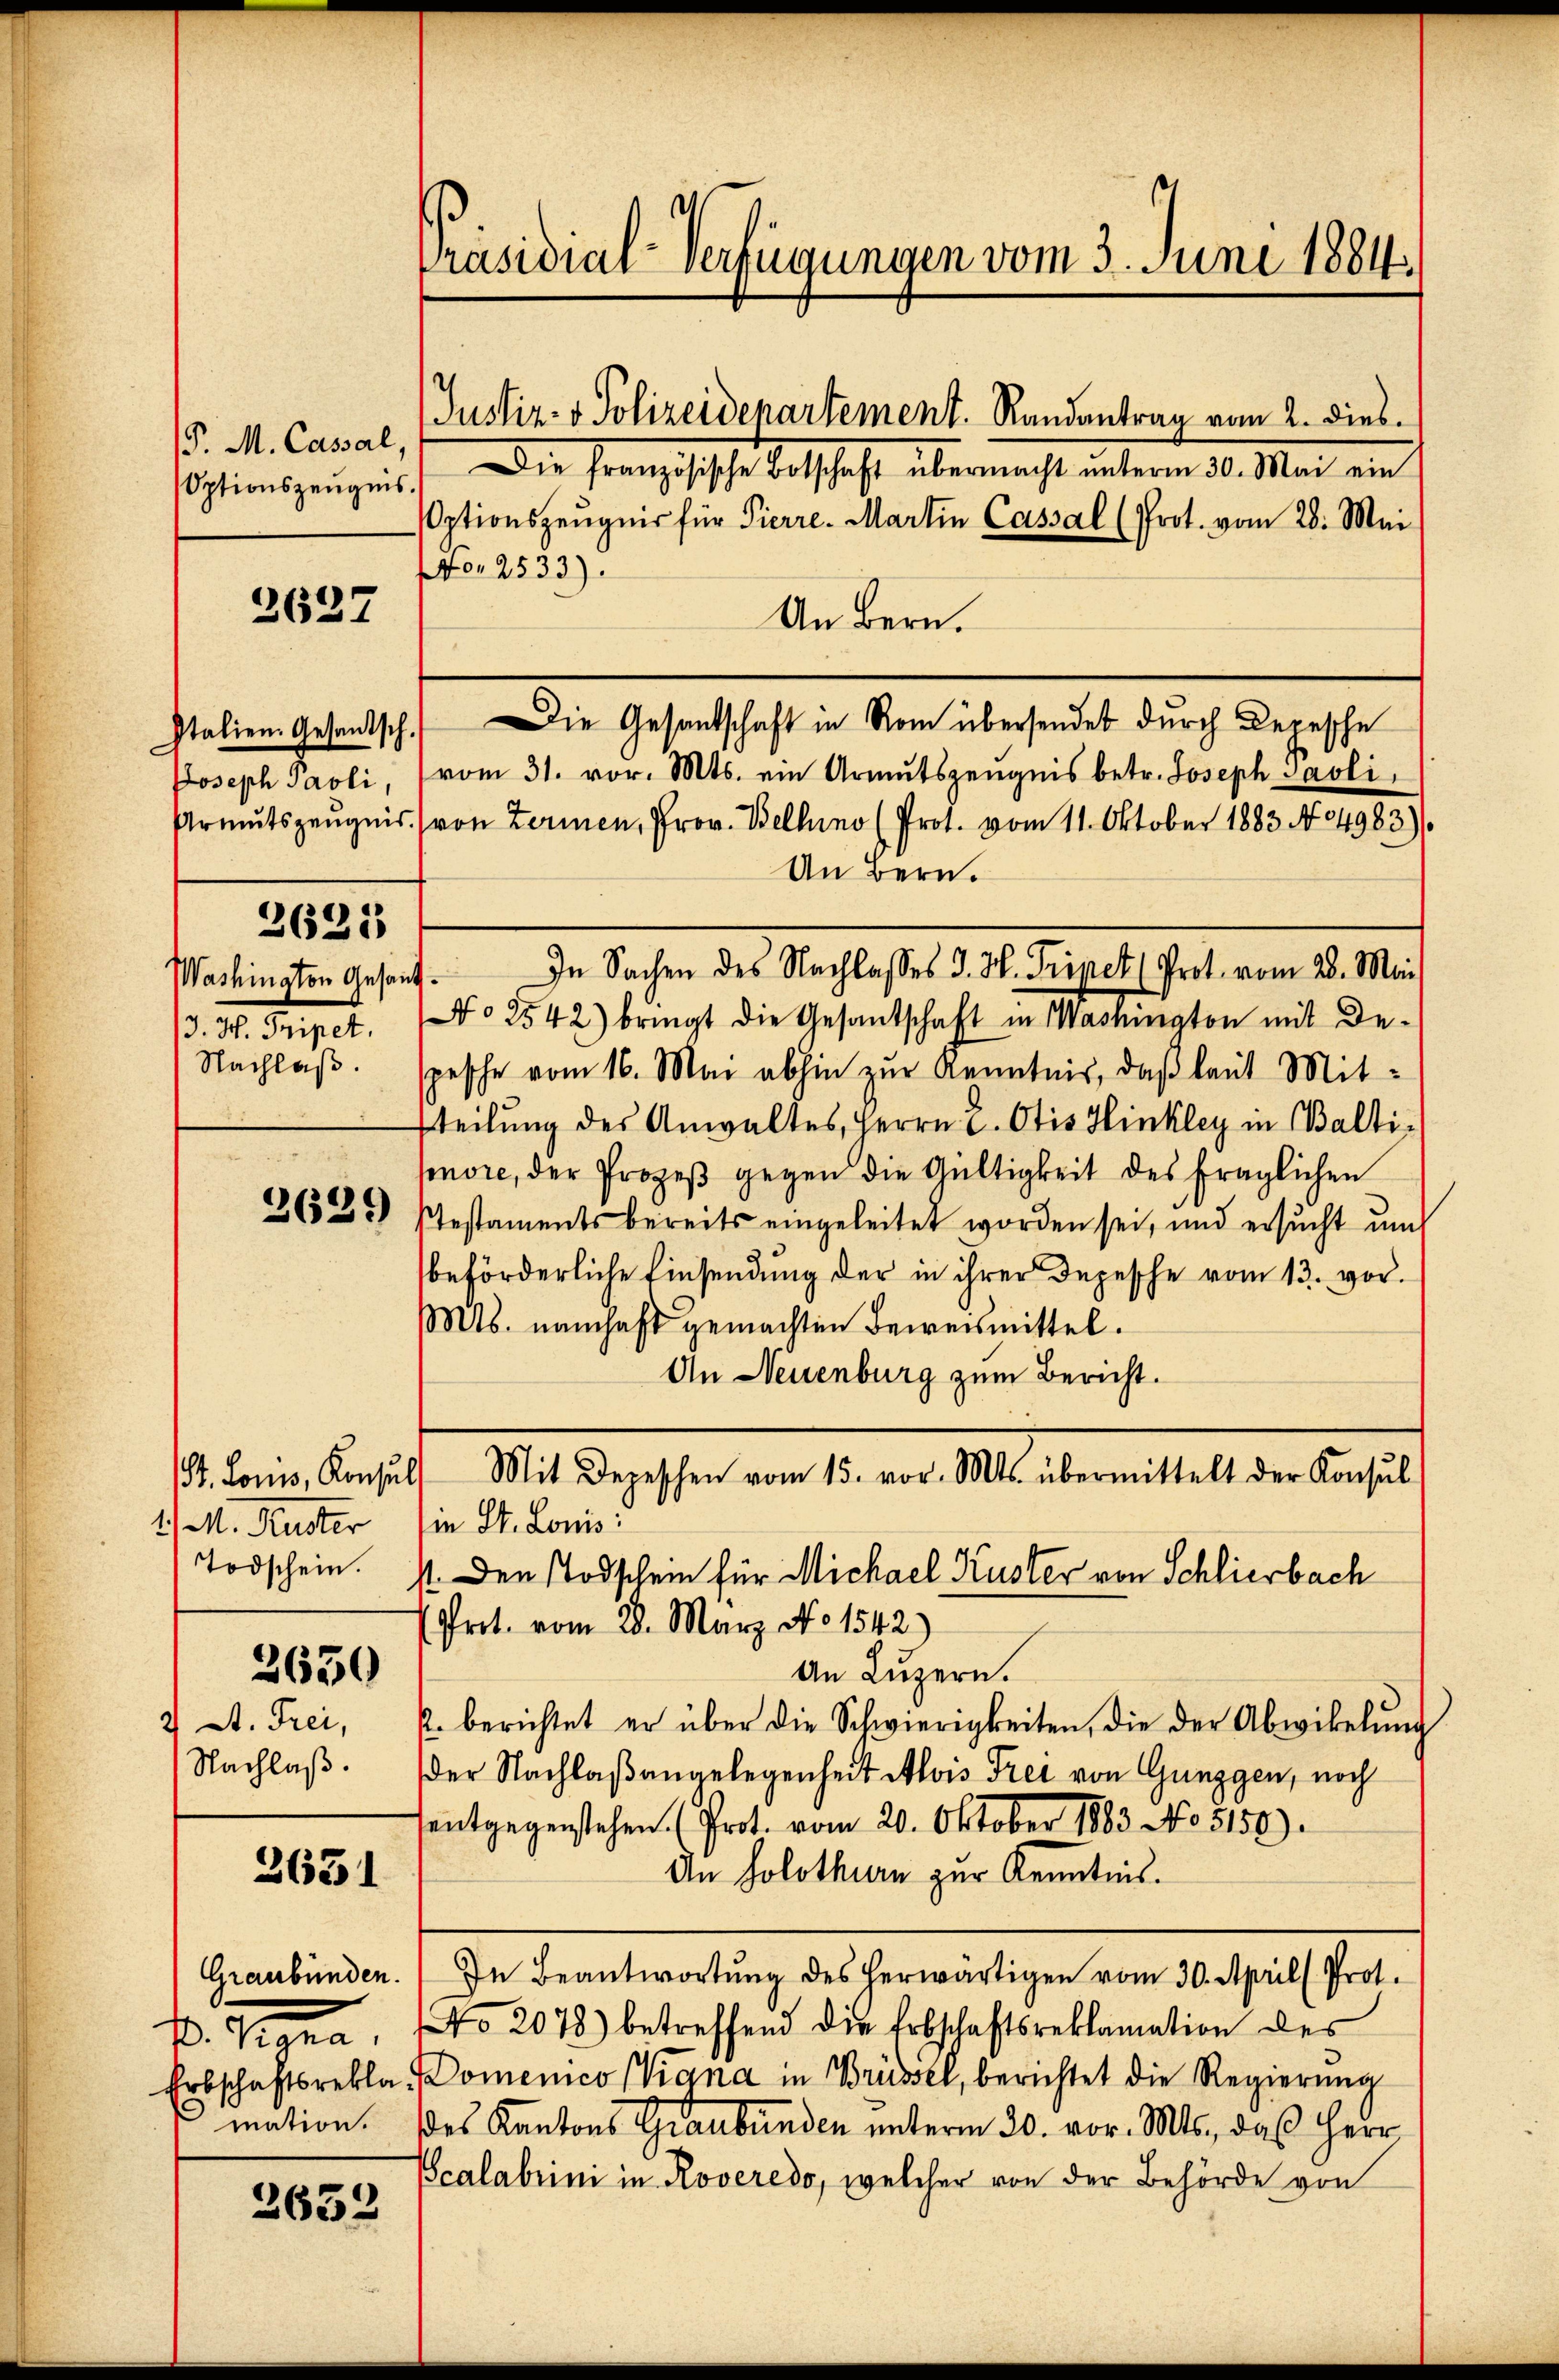
P. M. Cassal,
Optionszeugnis.

2627

Joseph Paoli,
3621
. I. Sept.

2629

(St. Lonis, Konsul
1/ M. Ruster
Todschein.
2650
2 A. Frei,
Nachlaß.

3651

Graubünden.
s. Gegen
Erbschaftsreklamation.

2632

Präsidial-Verfügungen vom 3. Juni 1884.

Justiz- & Polizeidepartement. Randantrag vom 2. dies

Die Französische Botschaft übermacht unterm 20. Mai ein
sptionszeugnis für Pierre. Martin Cassal (Prot. vom 28. Mai
For 2533).
An Bern.
Italien Gesandtsch. Die Gesandtschaft in Rom übersendet durch Depesche
vom 31. vor. Mts. ein Armutszeugnis betr. Joseph Paoli,
Armutszeugnis von Ferien, Prov. Bellino (Prot. vom 11. Oktober 1883 No 64983).
An Bern.
No 2542) bringt die Gesandschaft in Masington mit De-
Nachlaβ. spesche vom 16. Mai abhin zŭr Kenntnis, daß laut Mit-
Eteilung des Anwaltes, Herrn C. Otis Hinkley in Balti-
senore, der Prozeß gegen die Gültigkeit des fraglichen
Stestaments bereits eingeleitet worden sei, und ersucht um
beförderliche Einsendung der in ihrer Depesche vom 13. vor.
Mts. namhaft gemachten Beweismittel.
An Neuenburg zum Bericht.
Mit Depeschen vom 15. vor. Mts. übermittelt der Konsul
in St. Lonis:
1. Den Todschein für Michael Kuster von Schliesbach
Prot. vom 28. März No. 1542)
An Luzern.
p. berichtet er über die Schwierigkeiten, die der Abwikelŭng
der Nachlaßangelegenheit Alois Frei von Gunggen, noch
entgegenstehen. (Prot. vom 20. Oktober 1883 No 5150).
An Solothurn zur Kenntnis.
In Beantwortŭng des herwärtigen vom 30. Aprill Prot.
NNo. 2078) betreffend die Erbschaftsreklamation des
Domenico (Kana in Brüssel, berichtet die Regierung
des Kantons Graubünden unterm 30. vor. Mts., daß Herr
Scalabrini in Roveredo, welcher von der Behörde von

Washington Gesant. In Sachen des Nachlasses J. H. Tripet (Prot. vom 28. Mi